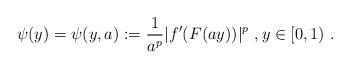
LaTeX: \begin{align*}\psi(y) = \psi(y,a) := \frac{1}{a^p} |f'(F(ay))|^p\ , y\in [0,1)\ . \end{align*}